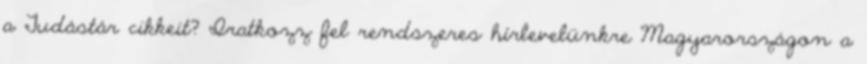
a Tudástár cikkeit? Iratkozz fel rendszeres hírlevelünkre Magyarországon a